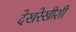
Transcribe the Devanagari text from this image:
देखरेखीशी